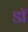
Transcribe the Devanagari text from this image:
डाॅॅ